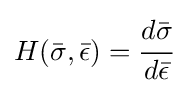
H({\bar {\sigma }},{\bar {\epsilon }})={\cfrac {d{\bar {\sigma }}}{d{\bar {\epsilon }}}}